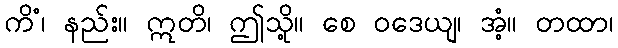
ကိံ၊ နည်း။ ဣတိ၊ ဤသို့။ စေ ဝဒေယျ၊ အံ့။ တထာ၊